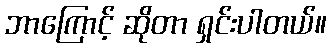
ဘာကြောင့် ဆိုတာ ရှင်းပါတယ်။